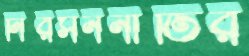
নিরসননীতির